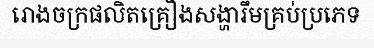
រោងចក្រផលិតគ្រឿងសង្ហារឹមគ្រប់ប្រភេទ